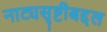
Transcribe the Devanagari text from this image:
नाट्यसृष्टीबद्दल